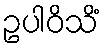
ဥပါဝိသိံ